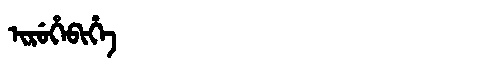
Manchu: ᡳᡵᡠᡥᡝᠪᡳᡥᡝ
Romanization: IRUHEBIHE